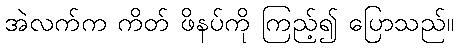
အဲလက်က ကိတ် ဖိနပ်ကို ကြည့်၍ ပြောသည်။